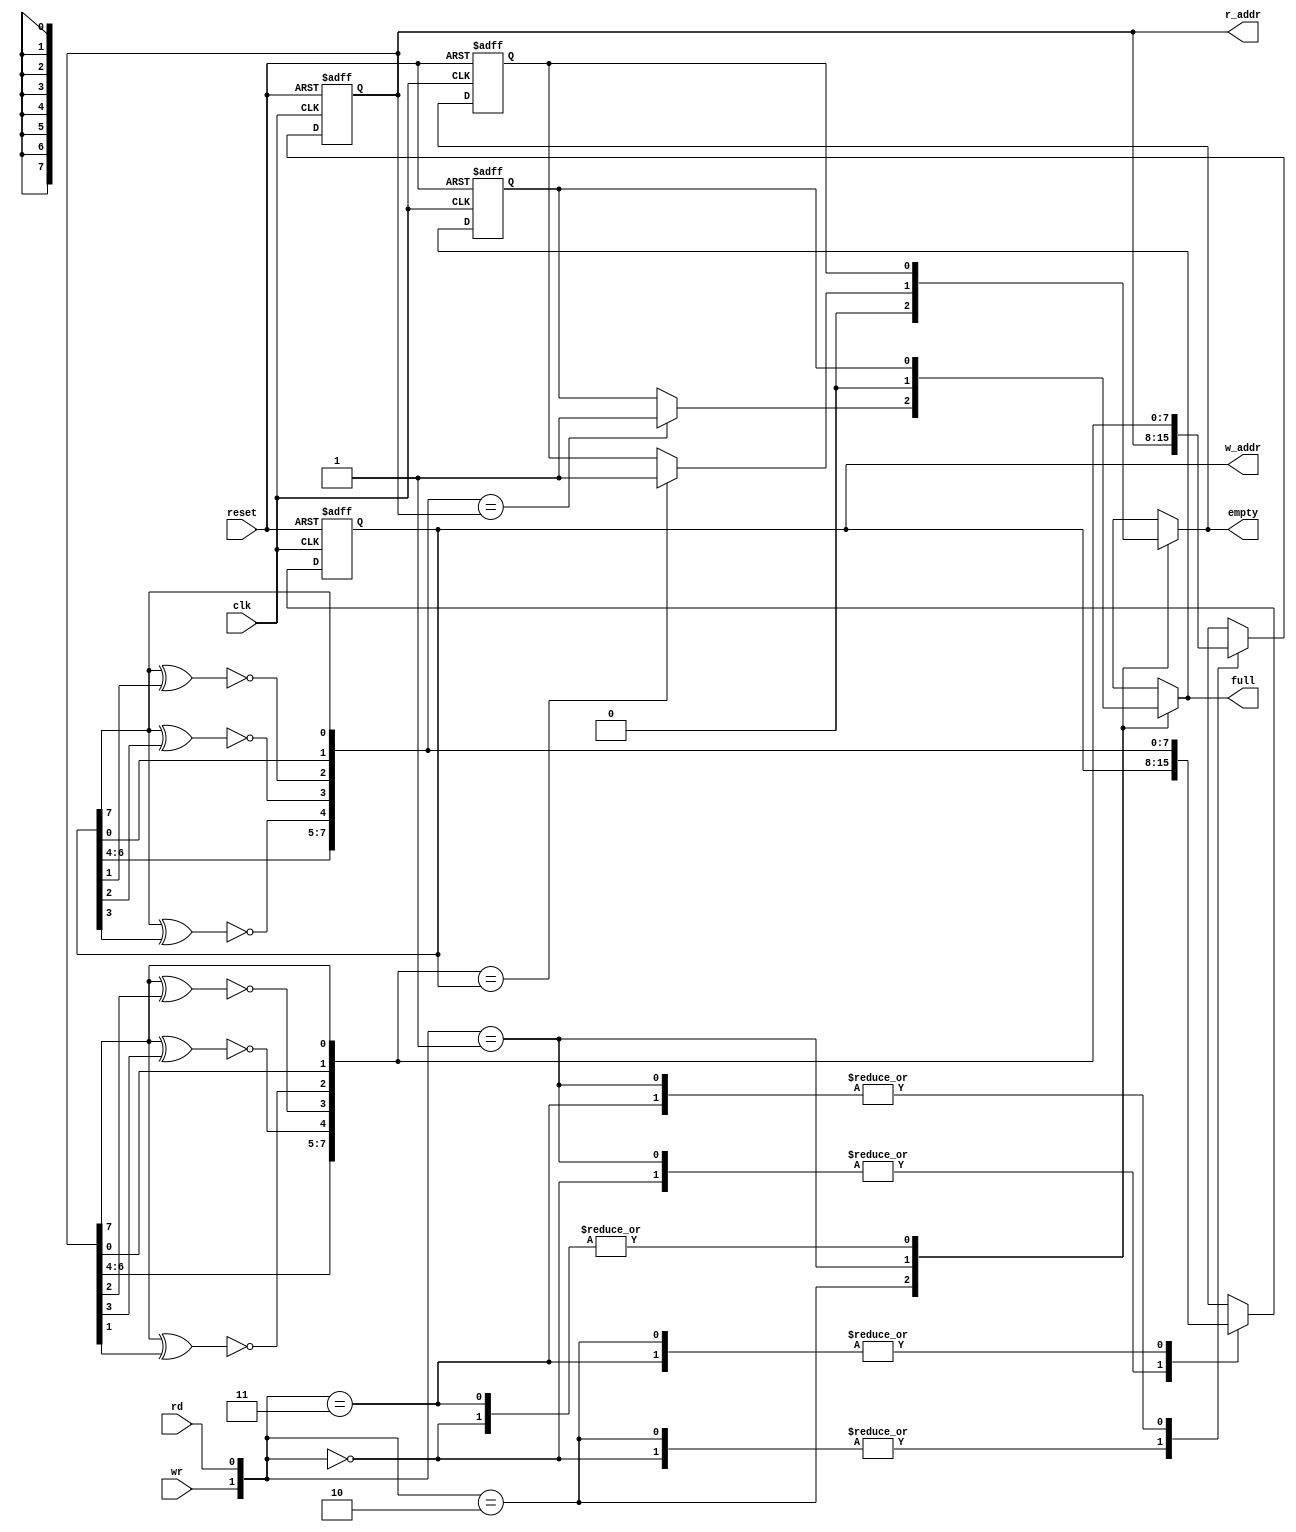
module fifo_statusff_lfsr(/*AUTOARG*/
   // Outputs
   full, empty, w_addr, r_addr,
   // Inputs
   clk, reset, wr, rd
   );

   input clk,reset;
   input wr,rd;

   output full,empty;
   output [7:0] w_addr,r_addr;

   reg [7:0] 	w_ptr_rc, w_ptr_wc ,w_ptr_nxt_wc;
   reg [7:0] 	r_ptr_rc, r_ptr_wc ,r_ptr_nxt_wc;
   reg 		full_wc, empty_wc ,full_rc,empty_rc;
   reg 		full,empty;
   reg 	[7:0]	w_addr,r_addr;
   
   always @(posedge clk or posedge reset)
     if ( reset )
       begin
	  w_ptr_rc <= 0;
	  r_ptr_rc <= 0;
	  full_rc <= 0;
	  empty_rc <= 1;
       end
     else
       begin
	  w_ptr_rc <= w_ptr_wc;
	  r_ptr_rc <= r_ptr_wc ;
	  full_rc <= full_wc;
	  empty_rc <= empty_wc;
       end

   always @*
     begin
	empty_wc = empty_rc;
	full_wc = full_rc;
	w_ptr_wc = w_ptr_rc;
	r_ptr_wc = r_ptr_rc;

	w_ptr_nxt_wc = {w_ptr_rc[6:4],~(w_ptr_rc[7]^w_ptr_rc[3]),~(w_ptr_rc[7]^w_ptr_rc[2]),~(w_ptr_rc[7]^w_ptr_rc[1]),w_ptr_rc[0],w_ptr_rc[7]};
	r_ptr_nxt_wc = {r_ptr_rc[6:4],~(r_ptr_rc[7]^r_ptr_rc[3]),~(r_ptr_rc[7]^r_ptr_rc[2]),~(r_ptr_rc[7]^r_ptr_rc[1]),r_ptr_rc[0],r_ptr_rc[7]};	
       
	case( {wr,rd} )
	  2'b00:;
	  2'b10:
	    begin
	       //lfsr counter
	       w_ptr_wc = w_ptr_nxt_wc;
	       empty_wc = 0;
	       if ( w_ptr_wc == r_ptr_rc )
		 full_wc = 1;
	    end
	  2'b01:
	    begin
	       //lfsr counter
	       r_ptr_wc = r_ptr_nxt_wc;
	       full_wc = 0;
	       if ( r_ptr_wc == w_ptr_rc )
		 empty_wc = 1;
	    end
	  2'b11:
	    begin
	       w_ptr_wc = w_ptr_nxt_wc;
	       r_ptr_wc = r_ptr_nxt_wc;
	    end
	endcase // case ( {wr,rd} )

	w_addr = w_ptr_rc[7:0];
	r_addr = r_ptr_rc[7:0];
	full = full_wc;
	empty = empty_wc ;
	
     end // always @ *

endmodule // fifo_statusff_lfsr

`ifdef TEST
module test ;

   /*AUTOWIRE*/
   // Beginning of automatic wires (for undeclared instantiated-module outputs)
   wire			empty;			// From dut of fifo_statusff_lfsr.v
   wire			full;			// From dut of fifo_statusff_lfsr.v
   wire [7:0]		r_addr;			// From dut of fifo_statusff_lfsr.v
   wire [7:0]		w_addr;			// From dut of fifo_statusff_lfsr.v
   // End of automatics

   /*AUTOREGINPUT*/
   // Beginning of automatic reg inputs (for undeclared instantiated-module inputs)
   reg			clk;			// To dut of fifo_statusff_lfsr.v
   reg			rd;			// To dut of fifo_statusff_lfsr.v
   reg			reset;			// To dut of fifo_statusff_lfsr.v
   reg			wr;			// To dut of fifo_statusff_lfsr.v
   // End of automatics

   initial
     begin
	$dumpvars;
	clk =0;
	reset =1;
	rd=0;
	wr=0;
	repeat(5000) @(posedge clk);
	$finish;
     end

   always #5 clk = ~clk;
   
   initial
     begin
	repeat(10) @(posedge clk);
	reset <=1 ;
	repeat(10) @(posedge clk);
	reset <=0;
     end // initial begin

   always @(posedge clk)
     begin
	if ( ~full & ~reset)
	  wr <= 1;
	else
//	@(posedge clk);
	  wr <= 0;
	
     end

   initial
     begin
	repeat (1000) @(posedge clk);
	
	if ( ~empty & ~reset)
	  rd <= 1;
	else
	  rd <= 0;
//	@(posedge clk);
     
	//  wr <= 0;
	
     end   
   
   fifo_statusff_lfsr dut(/*AUTOINST*/
		     // Outputs
		     .full		(full),
		     .empty		(empty),
		     .w_addr		(w_addr[7:0]),
		     .r_addr		(r_addr[7:0]),
		     // Inputs
		     .clk		(clk),
		     .reset		(reset),
		     .wr		(wr),
		     .rd		(rd));

   
endmodule // test
`endif //  `ifdef TEST